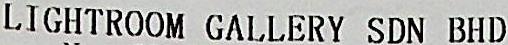
LIGHTROOM GALLERY SDN BHD